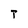
Character: T